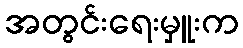
အတွင်းရေးမှူးက